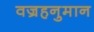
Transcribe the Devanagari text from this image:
वज्रहनुमान